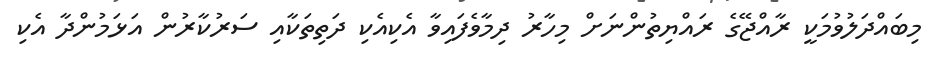
މިބައްދަލުވުމަކީ ރާއްޖޭގެ ރައްޔިތުންނަށް މިހާރު ދިމާވެފައިވާ އެކިއެކި ދަތިތަކާއި ސަރުކާރުން އަޅަމުންދާ އެކި